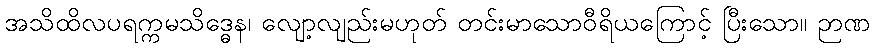
အသိထိလပရက္ကမသိဒ္ဓေန၊ လျော့လျည်းမဟုတ် တင်းမာသောဝီရိယကြောင့် ပြီးသော။ ဉာဏ